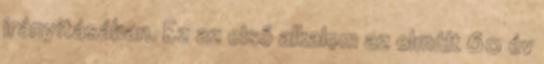
irányításában. Ez az első alkalom az elmúlt 60 év